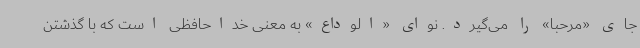
جای «مرحبا» را می‌گیرد. نوای «الوداع» به معنی خداحافظی است که با گذشتن